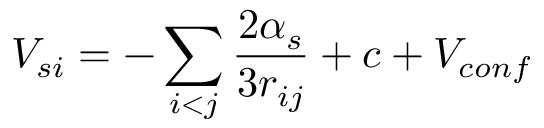
V _ { s i } = - \sum _ { i < j } { \frac { 2 \alpha _ { s } } { 3 r _ { i j } } } + c + V _ { c o n f }